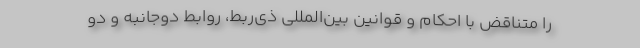
را متناقض با احکام و قوانین بین‌المللی ذی‌ربط، روابط دوجانبه و دو